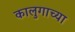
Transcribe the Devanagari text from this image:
कालुगाच्या